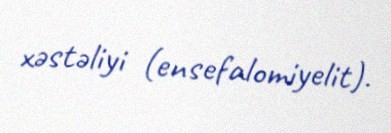
xəstəliyi (ensefalomiyelit).